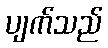
ပျက်သည်